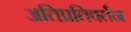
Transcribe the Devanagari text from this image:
अतिप्रतिवर्तन